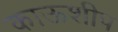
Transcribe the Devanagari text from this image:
काऊशीप